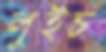
লুইচ